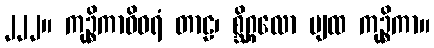
၂၂၂။ ကုဉ္စိကာဝိဝရံ တာဠ၊ စ္ဆိဂ္ဂလော ပျထ ကုဉ္စိကာ။